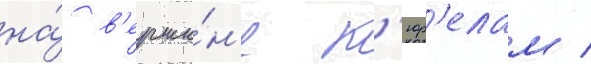
на́ в'ерши́н'е к'юр'елам /